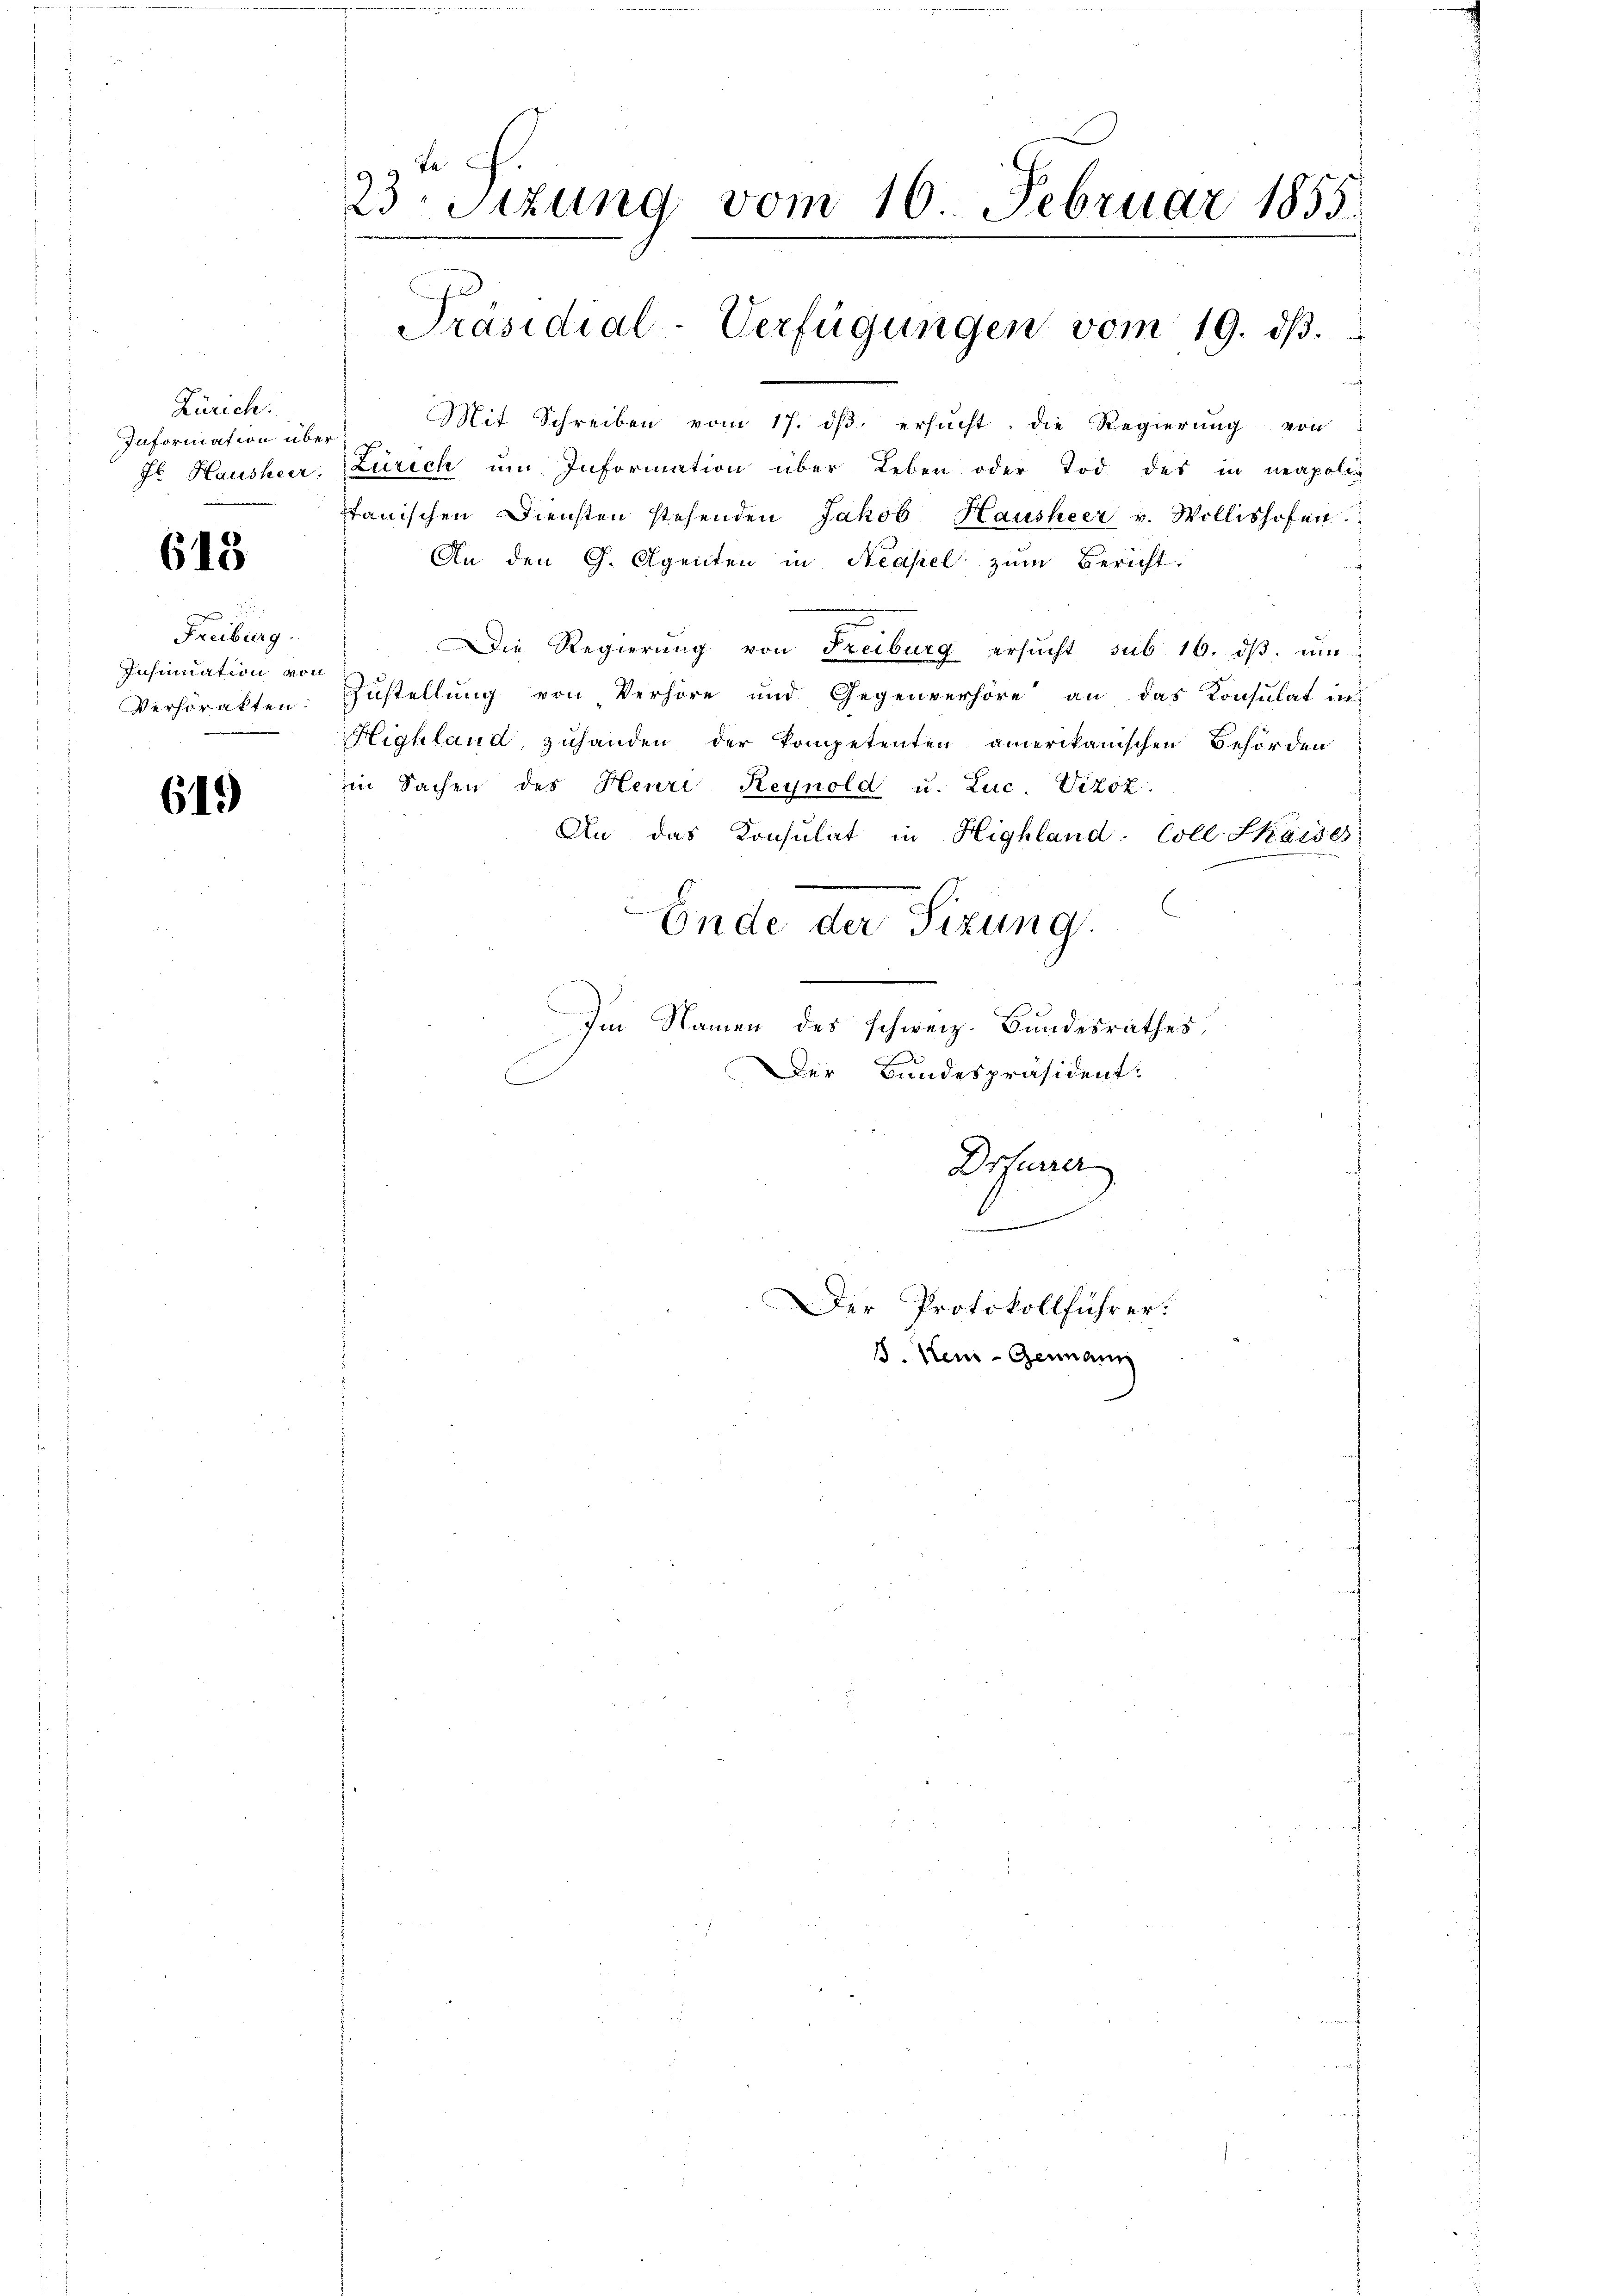
Zürich.
Information über
Jb. Hausheer,

618

Freiburg.
Insinuation von
Versorakten.

619)

23. Sizung vom 16. Februar 1855.
Präsidial-Verfügungen vom 19. d.

Mit Schreiben vom 17. dβ ersŭcht, die Regierŭng von
Zürich um Information über Leben oder Tod des in neapolie
tanischen Diensten stehenden Jakob Hausheer v. Wollishofen.
An den G. Agenten in Neapel zum Bericht.
Die Regierung von Freiburg ersŭcht sub. 16. dβ. ŭm
Zustellung von Verhöre und Gegenverhöre an das Konsulat in
Highland, zuhanden der Kompetenten amerikanischen Behörden
im Sachen des Henri Reynold u. Luc. Vizoz.
An das Konsulat in Highland. Coll Skardes
Ende der Sizung.
Im Namen des schweiz. Bundesrathes,
Der Bundespräsident:
Drfurrer

Der Protokollführer:
J. Kei-Genann